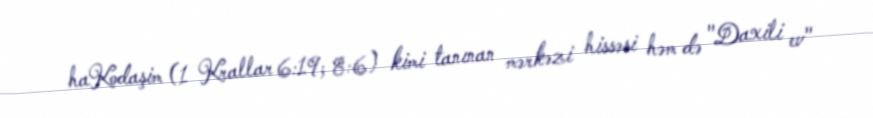
haKodaşim (1 Krallar 6:19; 8:6) kimi tanınan mərkəzi hissəsi həm də "Daxili ev"